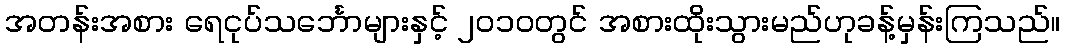
အတန်းအစား ရေငုပ်သင်္ဘောများနှင့် ၂၀၁၀တွင် အစားထိုးသွားမည်ဟုခန့်မှန်းကြသည်။